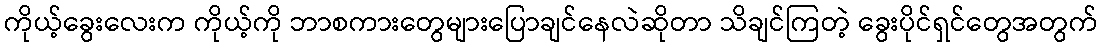
ကိုယ့်ခွေးလေးက ကိုယ့်ကို ဘာစကားတွေများပြောချင်နေလဲဆိုတာ သိချင်ကြတဲ့ ခွေးပိုင်ရှင်တွေအတွက်